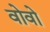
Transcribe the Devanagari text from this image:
वोवो